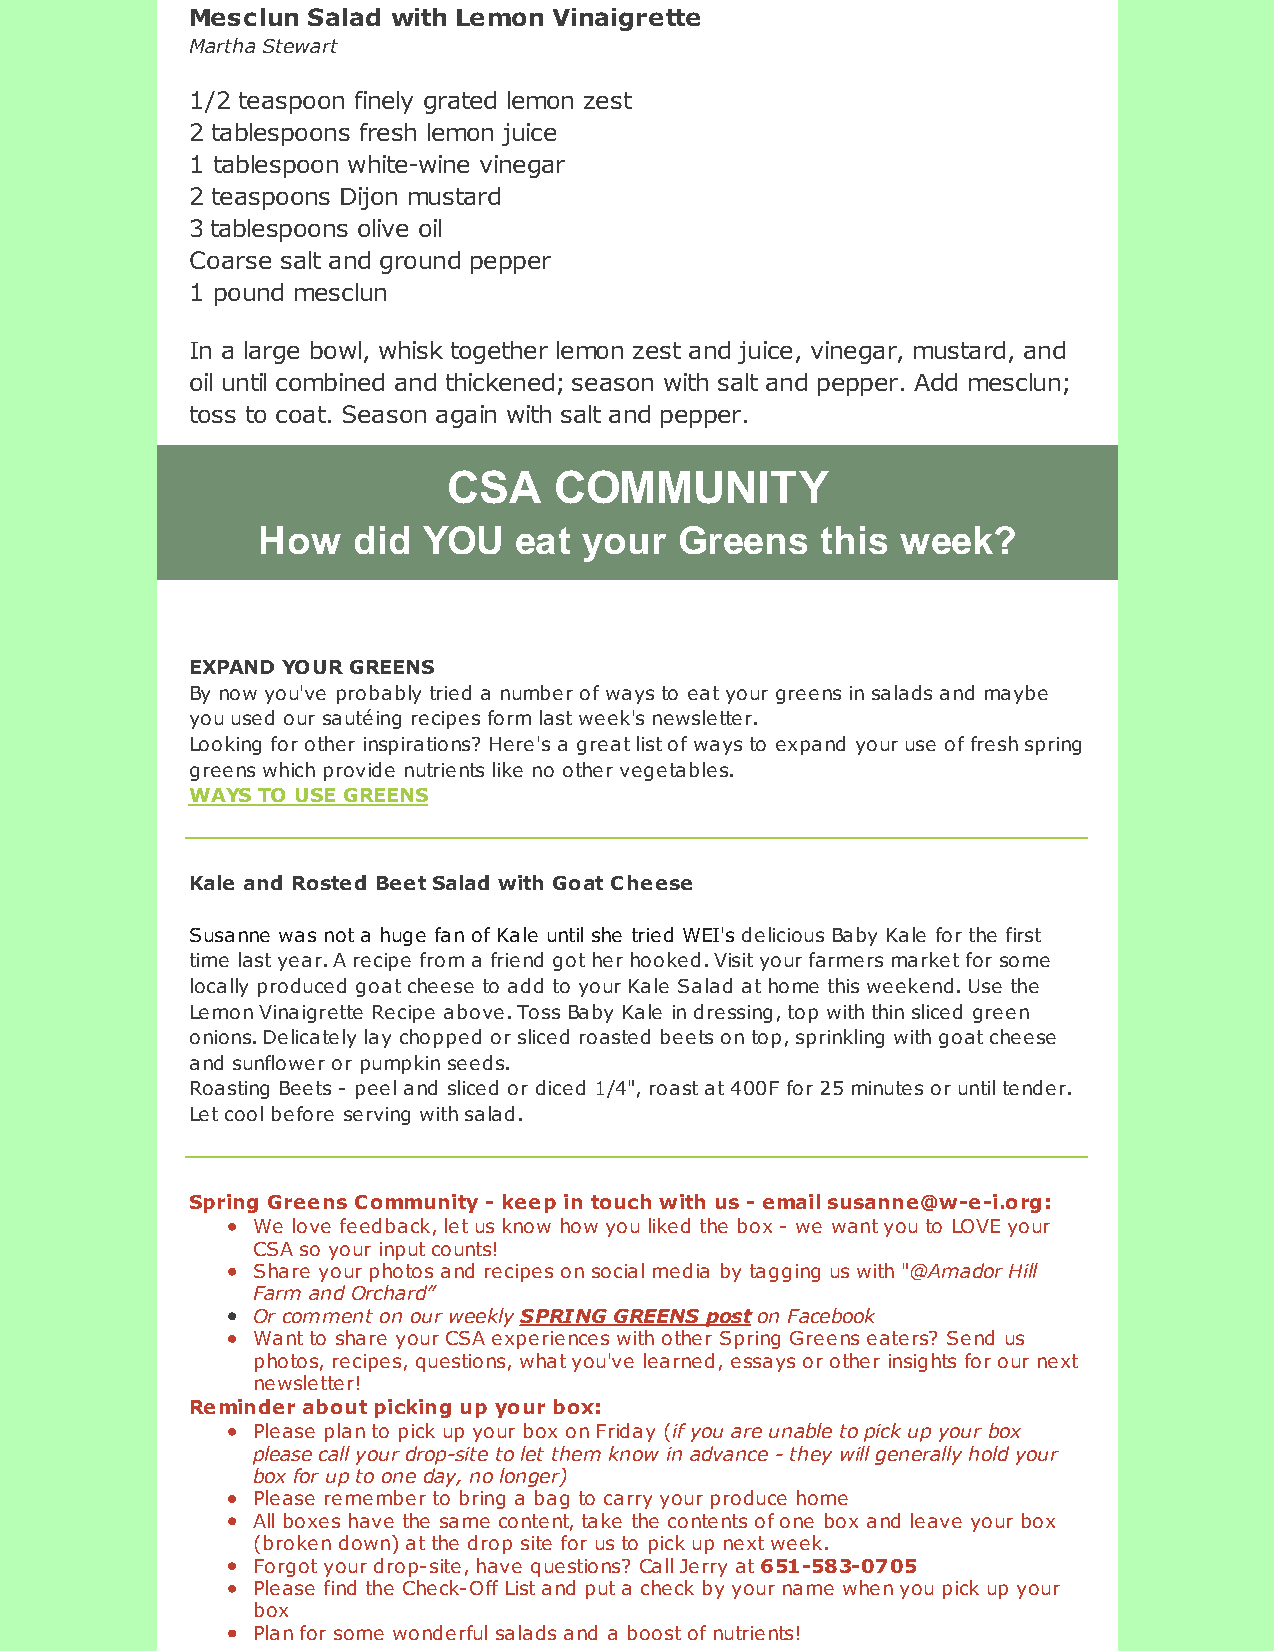
Mesclun Salad with Lemon Vinaigrette
 Martha Stewart
 1/2 teaspoon finely grated lemon zest
 2 tablespoons fresh lemon juice
 1 tablespoon white-wine vinegar
 2 teaspoons Dijon mustard
 3 tablespoons olive oil
 Coarse salt and ground pepper
 1 pound mesclun
 In a large bowl, whisk together lemon zest and juice, vinegar, mustard, and
 oil until combined and thickened; season with salt and pepper. Add mesclun;
 toss to coat. Season again with salt and pepper.
 CSA    COMMUNITY
 How   did  YOU   eat  your  Greens   this  week?
 EXPAND YOUR GREENS
 By now you've probably tried a number of ways to eat your greens in salads and maybe
 you used our sautéing recipes form last week's newsletter.
 Looking for other inspirations? Here's a great list of ways to expand your use of fresh spring
 greens which provide nutrients like no other vegetables.
 WAYS TO USE GREENS
 Kale and Rosted Beet Salad with Goat Cheese
 Susanne was not a huge fan of Kale until she tried WEI's delicious Baby Kale for the first
 time last year. A recipe from a friend got her hooked. Visit your farmers market for some
 locally produced goat cheese to add to your Kale Salad at home this weekend. Use the
 Lemon Vinaigrette Recipe above. Toss Baby Kale in dressing, top with thin sliced green
 onions. Delicately lay chopped or sliced roasted beets on top, sprinkling with goat cheese
 and sunflower or pumpkin seeds.
 Roasting Beets - peel and sliced or diced 1/4", roast at 400F for 25 minutes or until tender.
 Let cool before serving with salad.
 Spring Greens Community - keep in touch with us - email susanne@w-e-i.org:
 We love feedback, let us know how you liked the box - we want you to LOVE your
 CSA so your input counts!
 Share your photos and recipes on social media by tagging us with "@Amador Hill
 Farm and Orchard”
 Or comment on our weekly SPRING GREENS post on Facebook
 Want to share your CSA experiences with other Spring Greens eaters? Send us
 photos, recipes, questions, what you've learned, essays or other insights for our next
 newsletter!
 Reminder about picking up your box:
 Please plan to pick up your box on Friday (if you are unable to pick up your box
 please call your drop-site to let them know in advance - they will generally hold your
 box for up to one day, no longer)
 Please remember to bring a bag to carry your produce home
 All boxes have the same content, take the contents of one box and leave your box
 (broken down) at the drop site for us to pick up next week.
 Forgot your drop-site, have questions? Call Jerry at 651-583-0705
 Please find the Check-Off List and put a check by your name when you pick up your
 box
 Plan for some wonderful salads and a boost of nutrients!